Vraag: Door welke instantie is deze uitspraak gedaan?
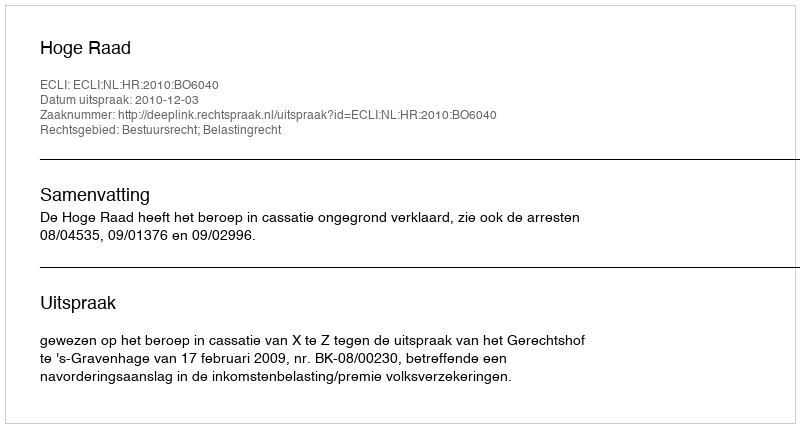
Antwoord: Hoge Raad